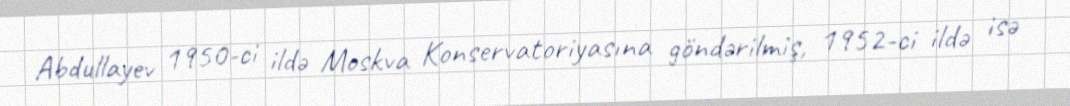
Abdullayev 1950-ci ildə Moskva Konservatoriyasına göndərilmiş, 1952-ci ildə isə